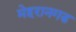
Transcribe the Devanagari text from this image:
मेहरानगड